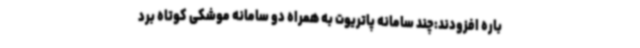
باره افزودند:چند سامانه پاتریوت به همراه دو سامانه موشکی کوتاه برد